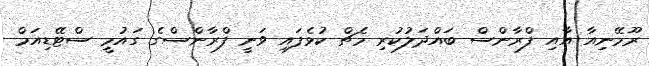
ރޫމޭނިއާ އާއި ފްރާންސް ބައްދަލުކުރި މެޗް ކުޅެފައި ވަނީ ފްރާންސްގެ ގައުމީ ސްޓޭޑިއަމް